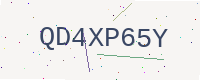
Text: QD4XP65Y